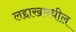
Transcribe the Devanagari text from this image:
लद्दाखमधील